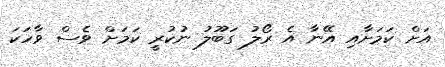
އަށް ކަމަށާއި އޭނާ އެ ރޯލު ގަބޫލު ނުކުރީ ކަމަށް ވެސް ވާހަކަ